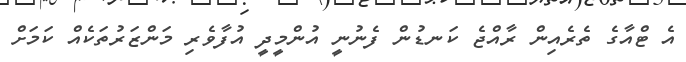
އެ ޓްއާގެ ތެރެއިން ރާއްޖެ ކަނޑުން ފެނުނީ އުންމީދީ އުފާވެރި މަންޒަރުތަކެއް ކަމަށް